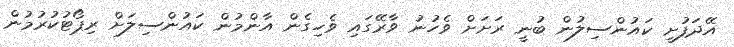
އޭދަފުށީ ކައުންސިލުން ބުނީ ރަށަށް ވެހުނު ވާރޭގައި ވެހިގެން އާންމުން ކައުންސިލަށް ރިޕޯޓުކުރުމުން